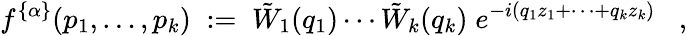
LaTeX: f^{\{ \alpha\} }(p_{1},\ldots,p_{k})\; :=\; \tilde{W}_{1}(q_{1})\cdots\tilde{W}_{k}(q_{k})\; e^{-i(q_{1}z_{1}+\cdots+q_{k}z_{k})}\; \; \; ,